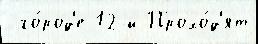
 го́род'е 12-й Прохо́д'ят